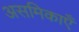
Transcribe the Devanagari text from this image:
असमिकाएँ